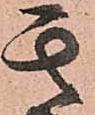
其